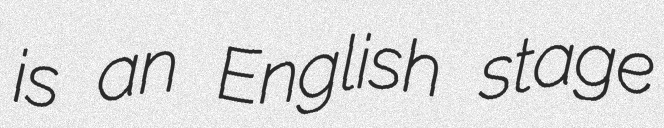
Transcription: is an English stage